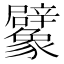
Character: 𧲜